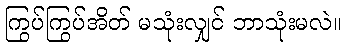
ကြွပ်ကြွပ်အိတ် မသုံးလျှင် ဘာသုံးမလဲ။